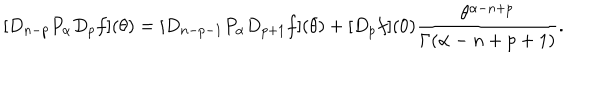
LaTeX: [ D _ { n - p } P _ { \alpha } D _ { p } f ] ( \theta ) = [ D _ { n - p - 1 } P _ { \alpha } D _ { p + 1 } f ] ( \theta ) + [ D _ { p } f ] ( 0 ) \frac { \theta ^ { \alpha - n + p } } { \Gamma ( \alpha - n + p + 1 ) } .